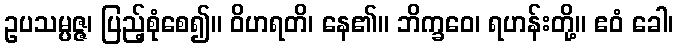
ဥပသမ္ပဇ္ဇ၊ ပြည့်စုံစေ၍။ ဝိဟရတိ၊ နေ၏။ ဘိက္ခဝေ၊ ရဟန်းတို့။ ဧဝံ ခေါ၊